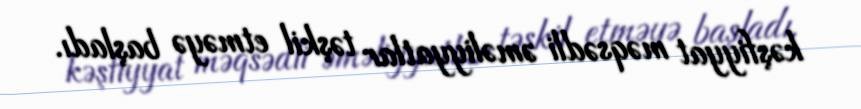
kəşfiyyat məqsədli əməliyyatlar təşkil etməyə başladı.